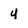
Character: u